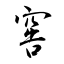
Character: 窖